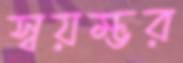
স্বয়ম্ভর